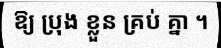
ឱ្យ ប្រុង ខ្លួន គ្រប់ គ្នា ។